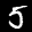
Label: 5